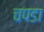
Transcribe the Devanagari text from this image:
चपडा